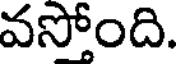
వసోంది.